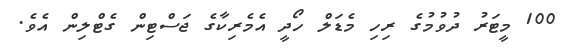
100 މީޓަރު ދުވުމުގެ ރިހި މެޑަލް ހޯދީ އެމެރިކާގެ ޖަސްޓިން ގެޓްލިން އެވެ.